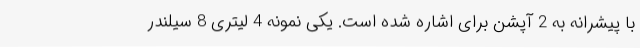
با پیشرانه به 2 آپشن برای اشاره شده است. یکی نمونه 4 لیتری 8 سیلندر